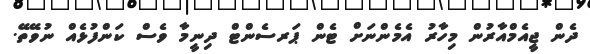
ދެން ޖީއެމްއާރުން މިހާރު އެމެންނަށް ޓެން ޕަރސެންޓް ދިނީމާ ވެސް ކަންފުޅެއް ނުވޭތޭ.